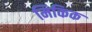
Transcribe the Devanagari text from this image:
मिकिक